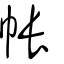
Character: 帳